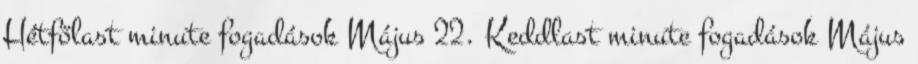
Hétfőlast minute fogadások Május 22. Keddlast minute fogadások Május